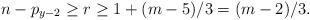
LaTeX: \begin{align*}n-p_{y-2}\geq r\geq1+(m-5)/3=(m-2)/3.\end{align*}